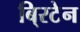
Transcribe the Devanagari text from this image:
बि्रटेन